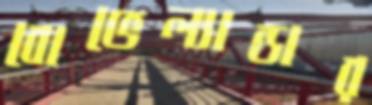
বোভেল্যান্ডার